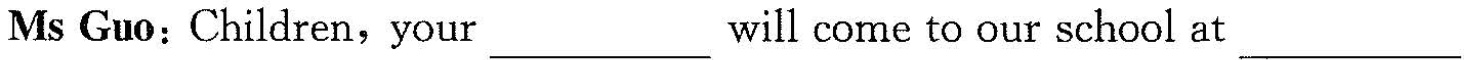
Ms Guo: Children, your ___ will come to our school at ___